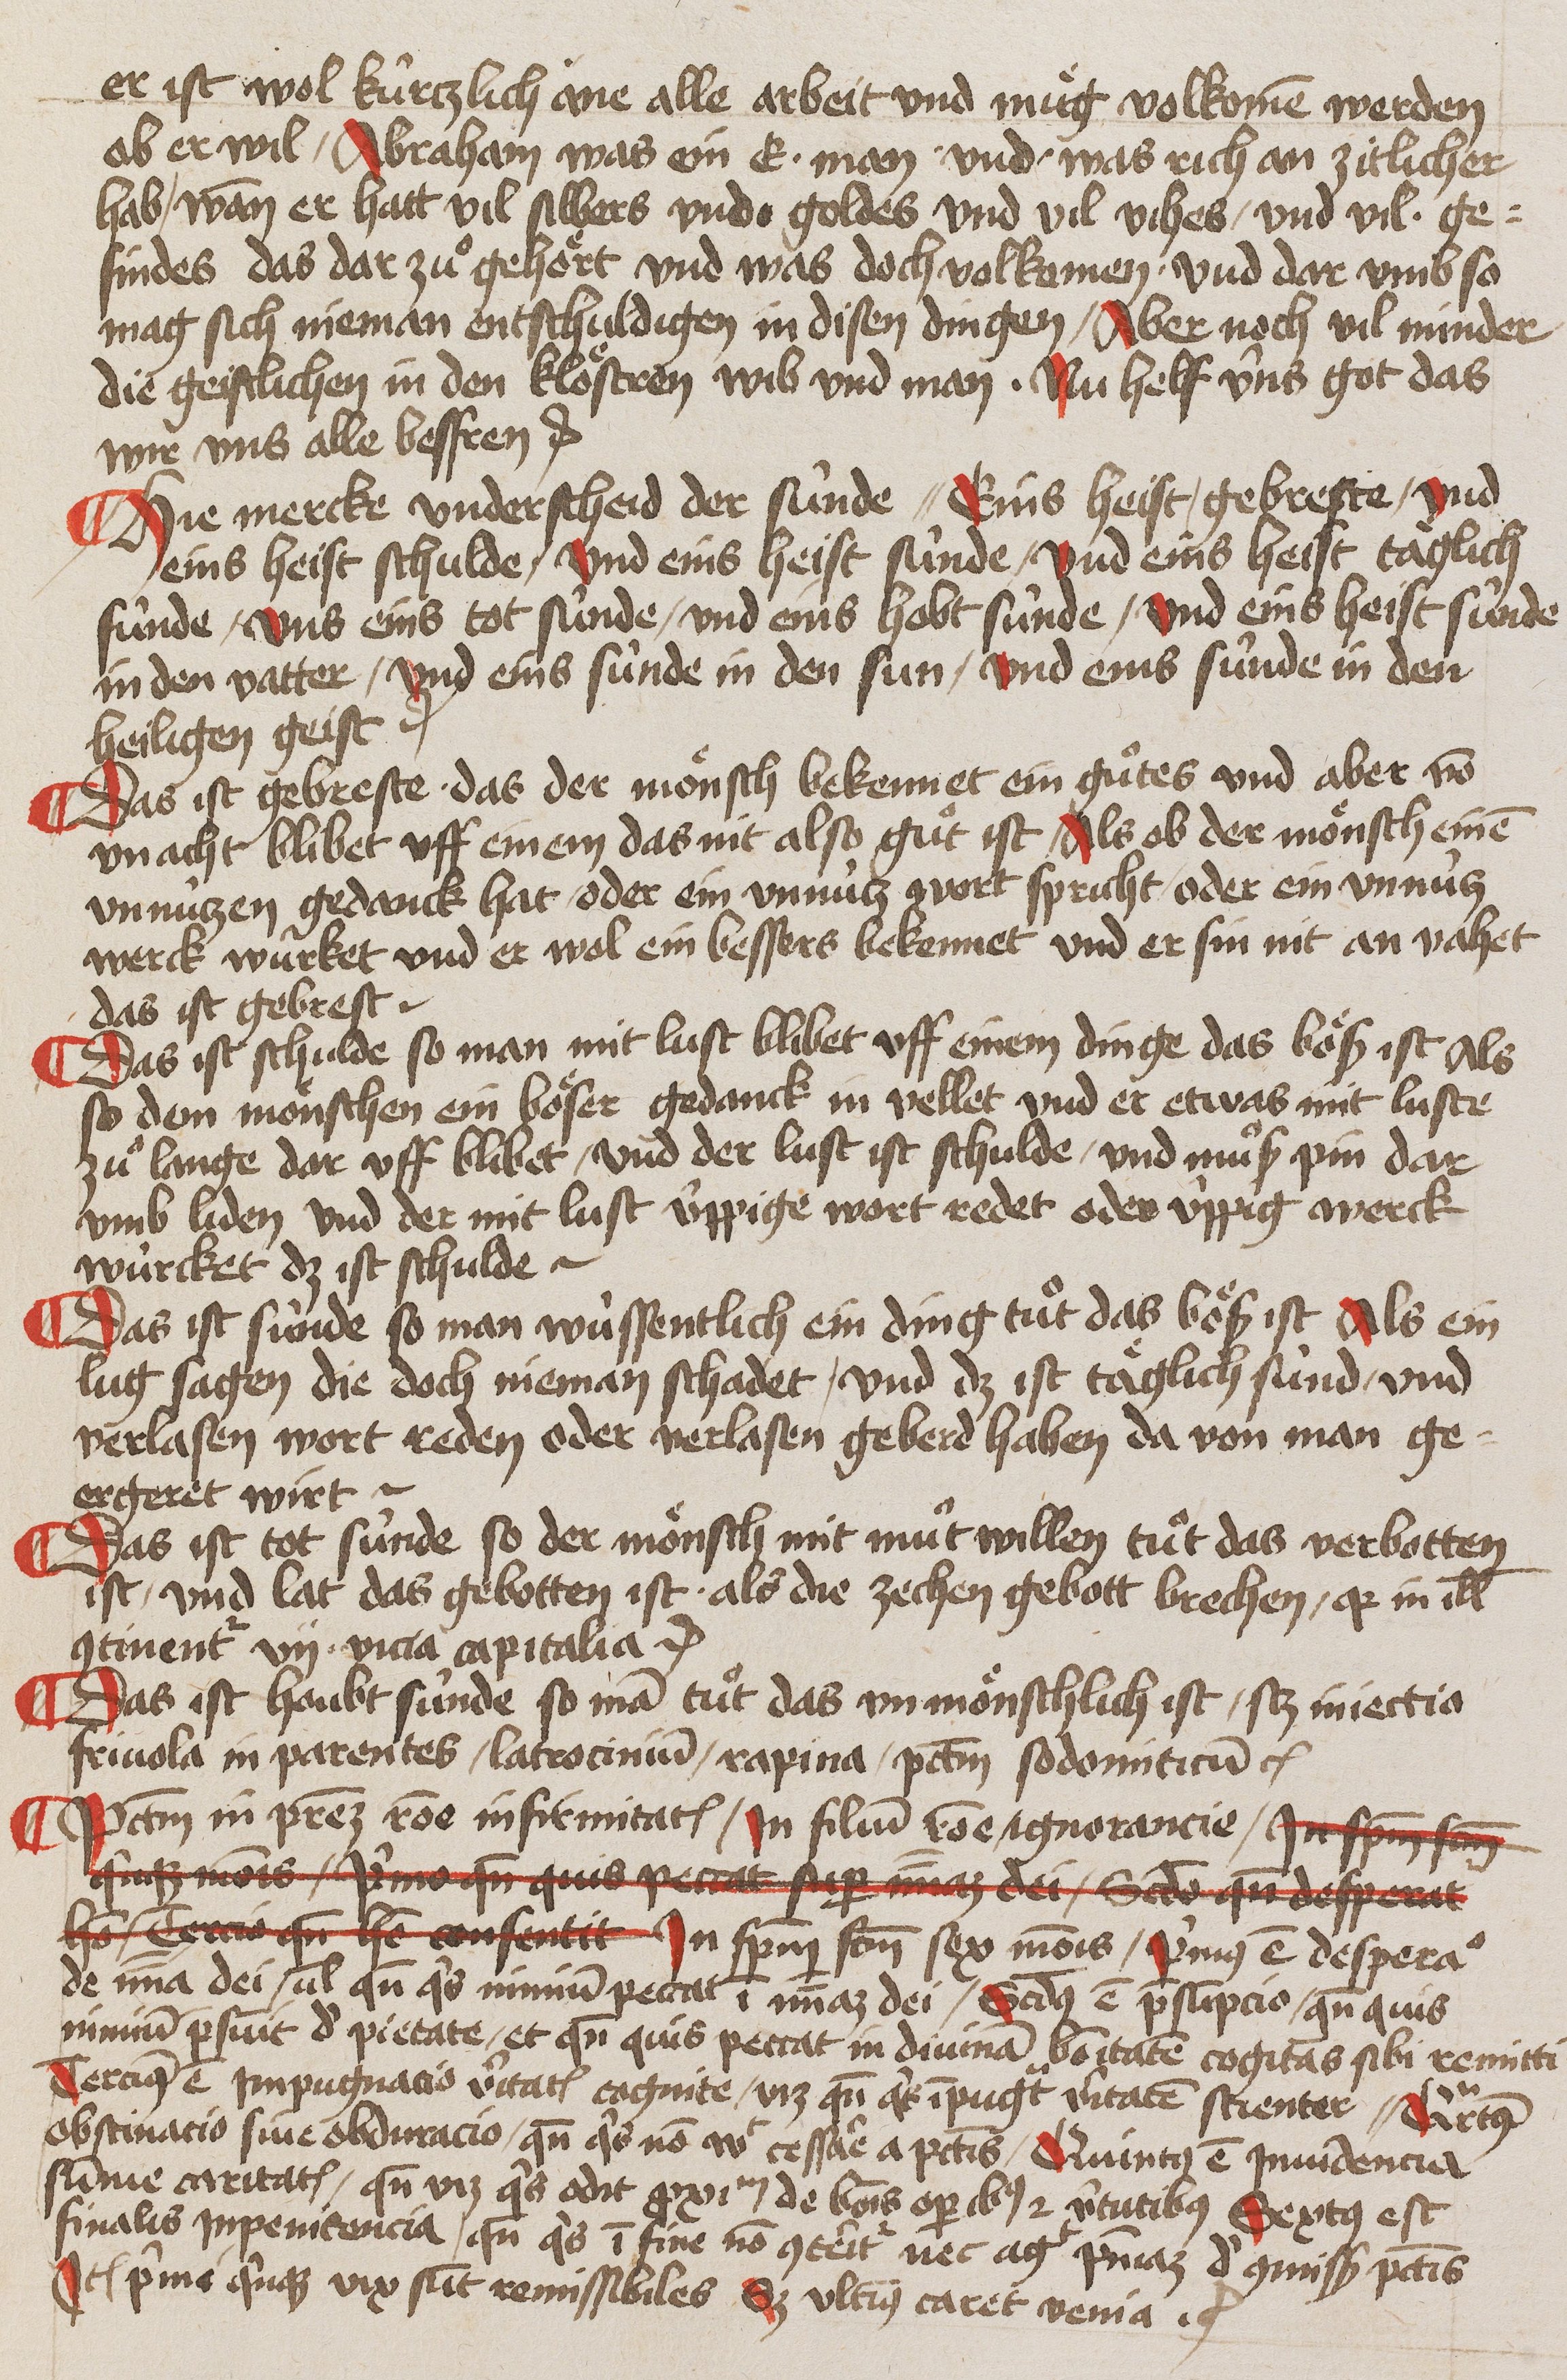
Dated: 1445–1445